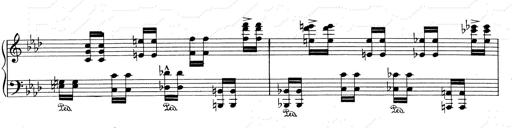
Title: Weinen, Klagen, Sorgen, Zagen
Composer: Franz Liszt